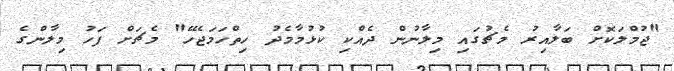
"ޖުމްލަކޮށް ބަލާއިރު މެޗުގައި މިލާނުން ދެއްކި ކުޅުމާމެދު ހިތްހަމަޖެހޭ" މެޗަށް ފަހު މިލާންގެ